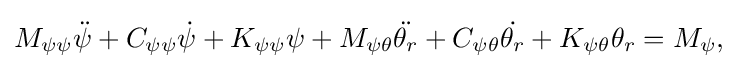
M_{\psi \psi }{\ddot {\psi }}+C_{\psi \psi }{\dot {\psi }}+K_{\psi \psi }\psi +M_{\psi \theta }{\ddot {\theta _{r}}}+C_{\psi \theta }{\dot {\theta _{r}}}+K_{\psi \theta }\theta _{r}=M_{\psi }{\mbox{,}}